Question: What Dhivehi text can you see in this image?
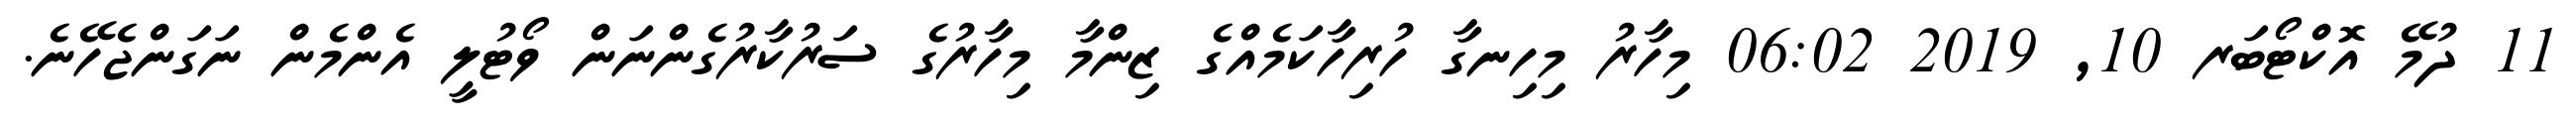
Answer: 11 ދުމޭ އޮކްޓޯބަރ 10, 2019 06:02 މިހާރު މިހިނގާ ހުރިހާކަމެއްގެ ޒިންމާ މިހާރުގެ ސަރުކާރުގެންނަން ވޯޓުލީ އެންމެން ނަގަންޖެހޭނެ.